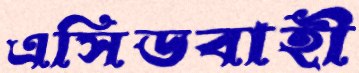
এসিডবাহী